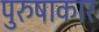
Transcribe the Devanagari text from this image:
पुरुषाकार